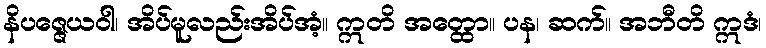
နိပဇ္ဇေယဝါ၊ အိပ်မူလည်းအိပ်အံ့။ ဣတိ အတ္ထော။ ပန၊ ဆက်။ အဘီတိ ဣဒံ၊